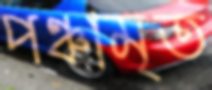
পঞ্চামৃত